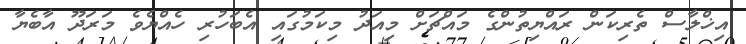
އިޚްލާސް ތެރިކަން ރައްޔިތުންގެ މައްޗަށް މިއަދު މިކަމުގައި އެބަހުރި ހެއްޔެވެ މަރަދޫ އާބެޔާ